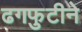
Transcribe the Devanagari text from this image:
ढगफुटीने